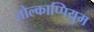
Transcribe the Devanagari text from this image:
तोल्काप्पियुम